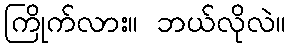
ကြိုက်လား။ ဘယ်လိုလဲ။